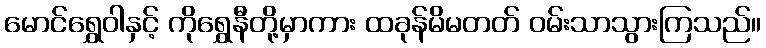
မောင်ရွှေဝါနှင့် ကိုရွှေနီတို့မှာကား ထခုန်မိမတတ် ဝမ်းသာသွားကြသည်။